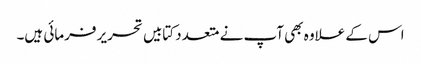
اس کے علاوہ بھی آپ نے متعدد کتابیں تحریر فرمائی ہیں۔